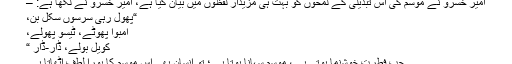
امیر خسرو نے موسم کی اس تبدیلی کے لمحوں کو بہت ہی مزیدار لفظوں میں بیان کیا ہے، امیر خسرو نے لکھا ہے: –
“پھول رہی سرسوں سکل بن،
امبوا پھوٹے، ٹیسو پھولے،
کویل بولے، ڈار-ڈار “
جب فطرت خوشنما ہوتی ہے، موسم سہانا ہوتا ہے؛ تو انسان بھی اس موسم کا پورا لطف اٹھاتا ہے۔